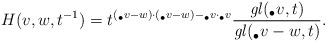
\begin{align*}H(v,w,t^{-1}) = t^{(_{\bullet}v-w)\cdot (_{\bullet}v-w) - _{\bullet}v\cdot _{\bullet}v} \frac{\mathit{gl}(_{\bullet}v, t)}{\mathit{gl}(_{\bullet}v - w, t)}.\end{align*}